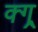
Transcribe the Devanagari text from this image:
क्ग्र्